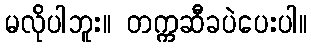
မလိုပါဘူး။ တက္ကဆီခပဲပေးပါ။